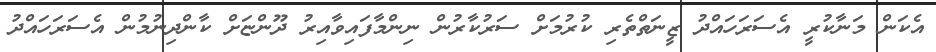
އެކަން މަނާކުރީ އެސަރަހައްދު ޒީނަތްތެރި ކުރުމަށް ސަރުކާރުން ނިންމާފައިވާއިރު ދޫންޏަށް ކާންދިނުމުން އެސަރަހައްދު